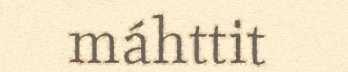
máhttit